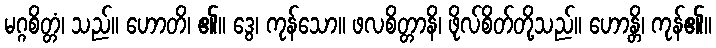
မဂ္ဂစိတ္တံ၊ သည်။ ဟောတိ၊ ၏။ ဒွေ၊ ကုန်သော။ ဖလစိတ္တာနိ၊ ဖိုလ်စိတ်တို့သည်။ ဟောန္တိ၊ ကုန်၏။